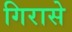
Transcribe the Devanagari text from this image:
गिरासे